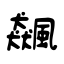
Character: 飆